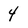
Character: 4